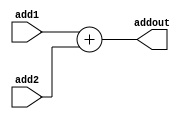
module adder(add1, add2, addout);
input [31:0] add1;
input [31:0] add2;
output[31:0] addout;

assign addout=add1+add2;

endmodule